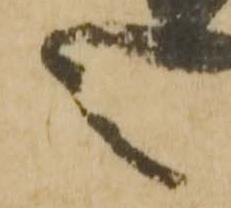
之